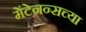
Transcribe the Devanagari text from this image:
मेंटेनन्सच्या